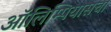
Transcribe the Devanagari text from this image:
ऑलिम्पियासचा